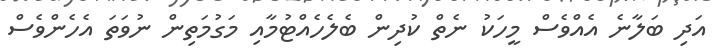
އަދި ބަލާނެ އެއްވެސް މީހަކު ނެތް ކުދިން ބެލެހެއްޓުމާއި މަގުމަތިން ނުވަތަ އެހެންވެސް